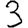
Digit: 3